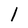
Character: l